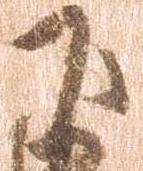
下